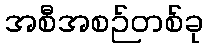
အစီအစဉ်တစ်ခု